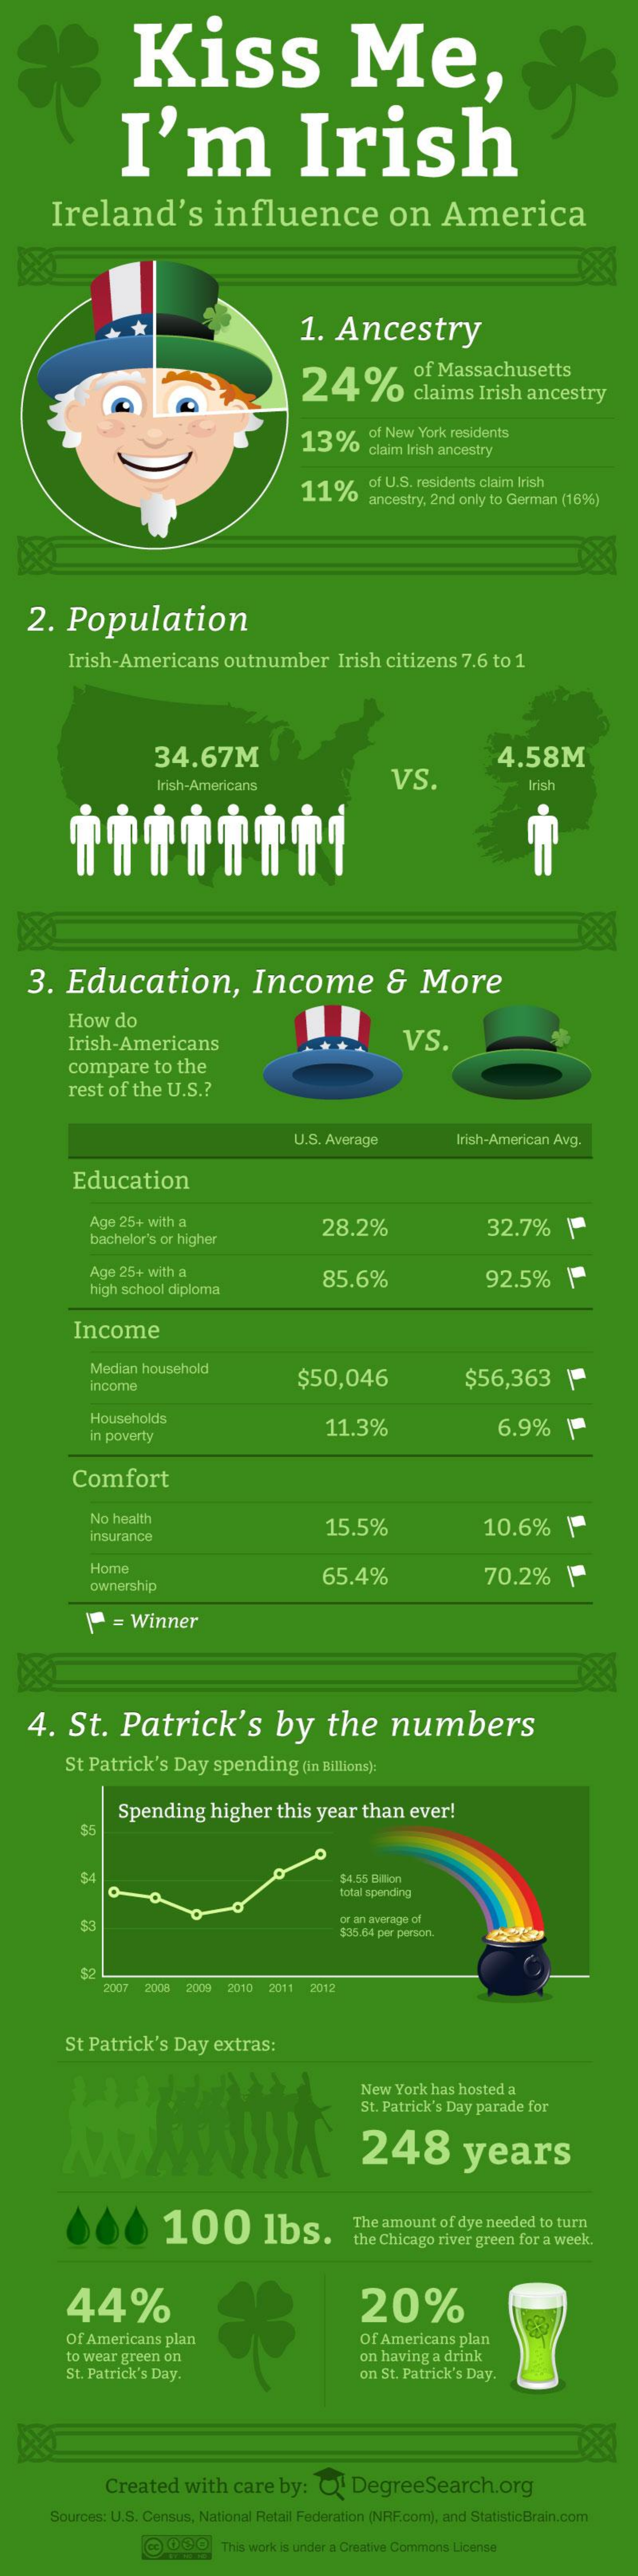
Kiss    Me,
     I'm    Irish
     Ireland's    influence    on    America
     1.   Ancestry
     of Massachusetts
     24%    claims   Irish  ancestry
     13%    of New York residents
     claim Irish ancestry
     11%    of U.S. residents claim Irish
     ancestry, 2nd only to German (16%)
    2.   Population
     Irish-Americans    outnumber    Irish  citizens  7.6 to  1
     34.67M
     Irish-Americans
     VS.
     4.58M
     Irish
    3.   Education,    Income    &   More
     How    do
     Irish-Americans    VS.
     compare    to the
     rest  of the  U.S .?
     U.S. Average    Irish-American Avg.
     Education
     Age 25+ with a
     bachelor's or higher
     28.2%    32.7%    \-
     Age 25+ with a
     high school diploma
     85.6%    92.5%    \-
     Income
     Median household
     income    $50,046    $56,363    \
     Households
     in poverty
     11.3%    6.9%    \-
     Comfort
     No health
     insurance
     15.5%    10.6%
     Home
     65.4%    70.2%    \-
     ownership
     =  Winner
    4.   St.    Patrick's    by    the    numbers
     St Patrick's   Day  spending    (in Billions):
     Spending    higher   this year   than  ever!
     55
     $4    $4.55 Billion
     total spending
     or an average of
     $35.64 per person.
     2007    2009 2010  2011  2012
     St Patrick's   Day  extras:
     New  York has hosted a
     St. Patrick's Day parade for
     248    years
     100    lbs.    The amount of dye needed to turn
     the Chicago river green for a week.
     44%    20%
     Of Americans  plan    of Americans  plan
     to wear green on
     St. Patrick's Day.
     on having a drink
     on St. Patrick's Day.
     ※
     Created   with   care  by:  Q'   DegreeSearch.org
     Sources: U.S. Census, National Retail Federation (NRF.com), and StatisticBrain.com
     (60    This work is under a Creative Commons License